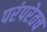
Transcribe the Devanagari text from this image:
परंपरेतच